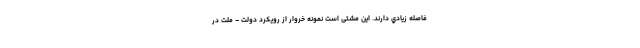
فاصله زيادي دارند. این مشتی است نمونه خروار از رویکرد دولت – ملت در